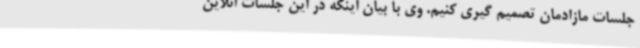
جلسات مازادمان تصمیم گیری کنیم. وی با بیان اینکه در این جلسات آنلاین